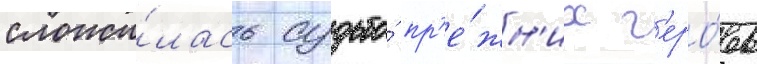
сложи́лась судьба́ пр'е́жн'их г'еро́ев